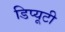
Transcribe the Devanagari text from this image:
डिप्यूटी